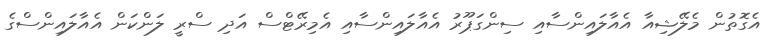
އެގޮތުން މެލޭޝިއާ އެއާލައިންސާއި ސިންގަޕޫރު އެއާލައިންސާއި އެމިރޭޓްސް އަދި ސްރީ ލަންކަން އެއާލައިންސްގެ